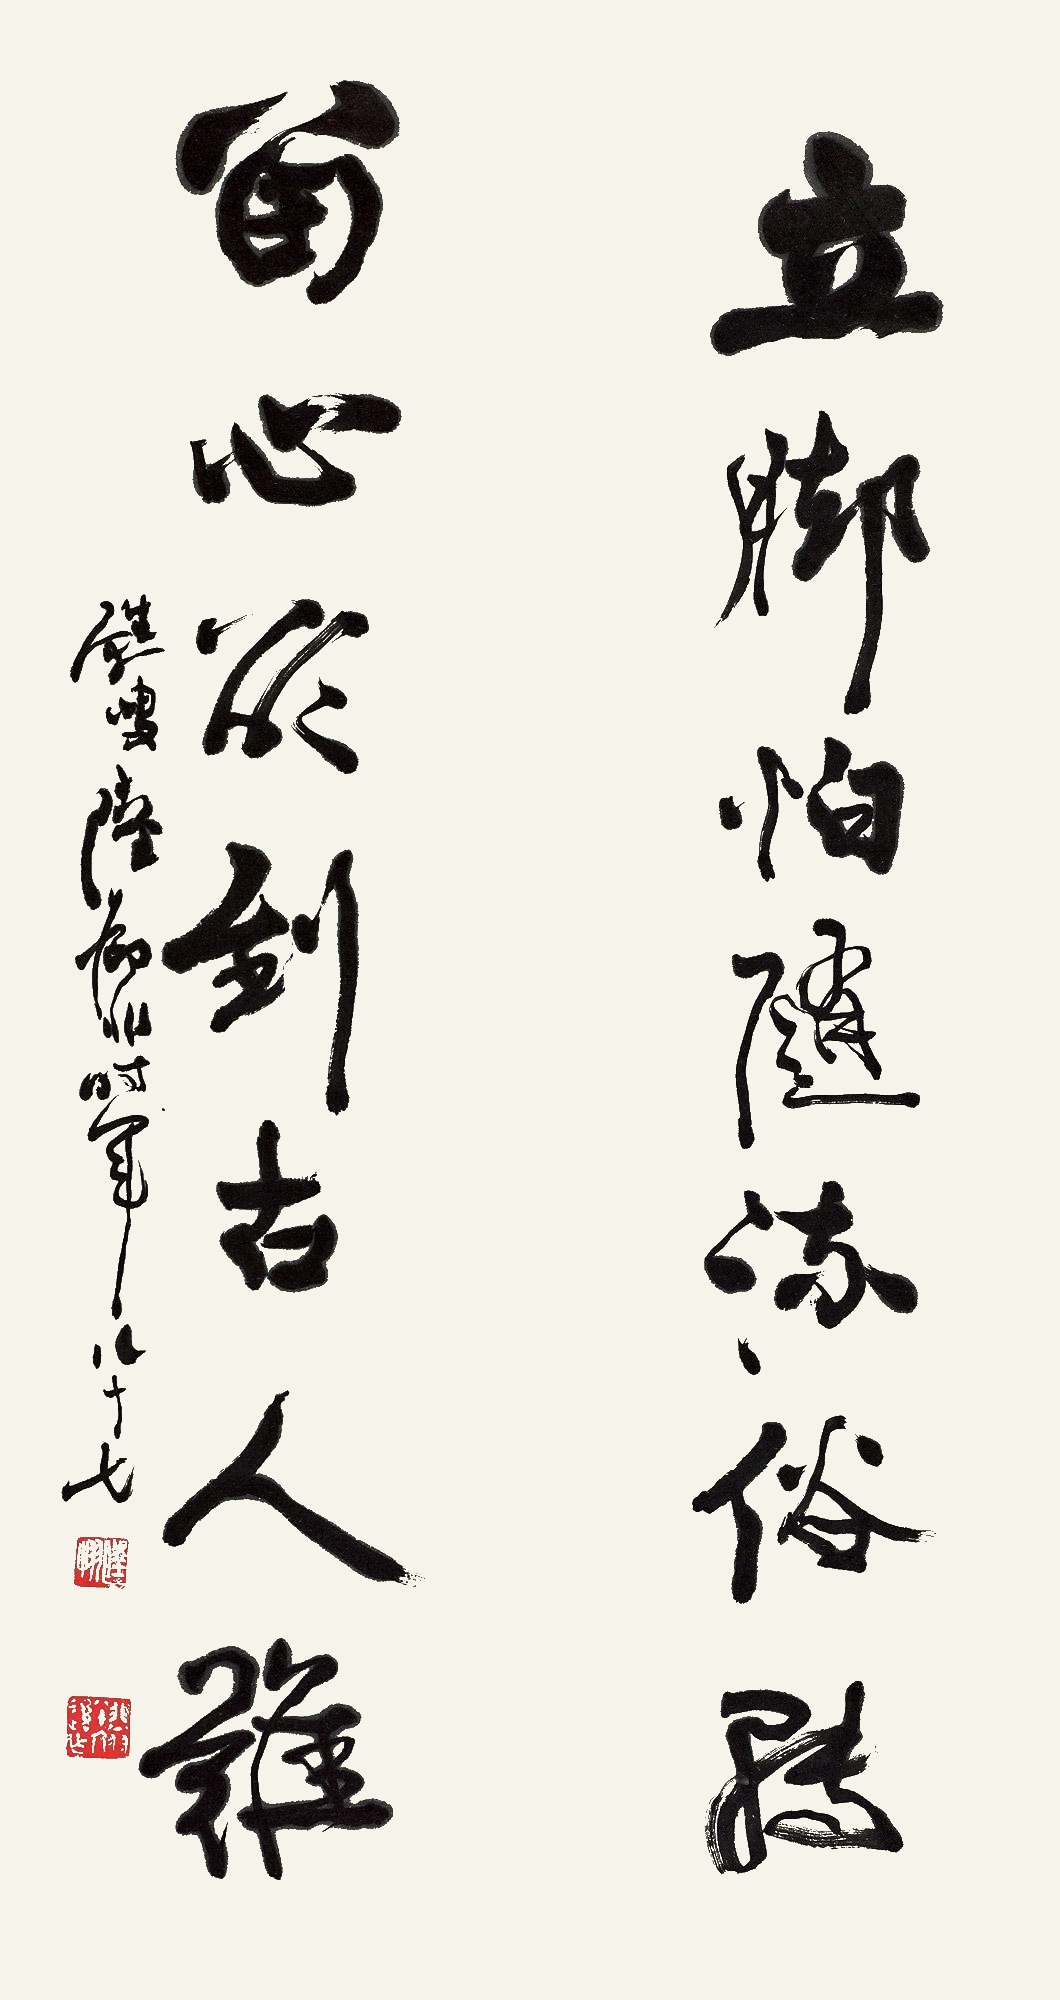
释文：立脚怕随流俗转，留心欲到古人难。苏叟陆抑非时年八十七。